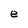
Character: e